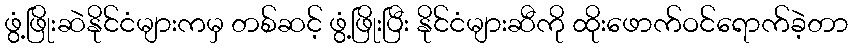
ဖွံ့ဖြိုးဆဲနိုင်ငံများကမှ တစ်ဆင့် ဖွံ့ဖြိုးပြီး နိုင်ငံများဆီကို ထိုးဖောက်ဝင်ရောက်ခဲ့တာ